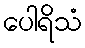
ပေါရိသံ